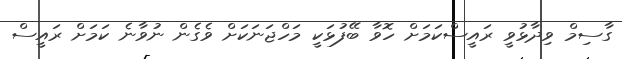
ގާސިމް ވިދާޅުވީ ރައީސްކަަމަށް ހޮވާ ބޭފުޅަކީ މަހްޖަނަކަށް ވެގެން ނުވާނެ ކަމަށް ރައީސް